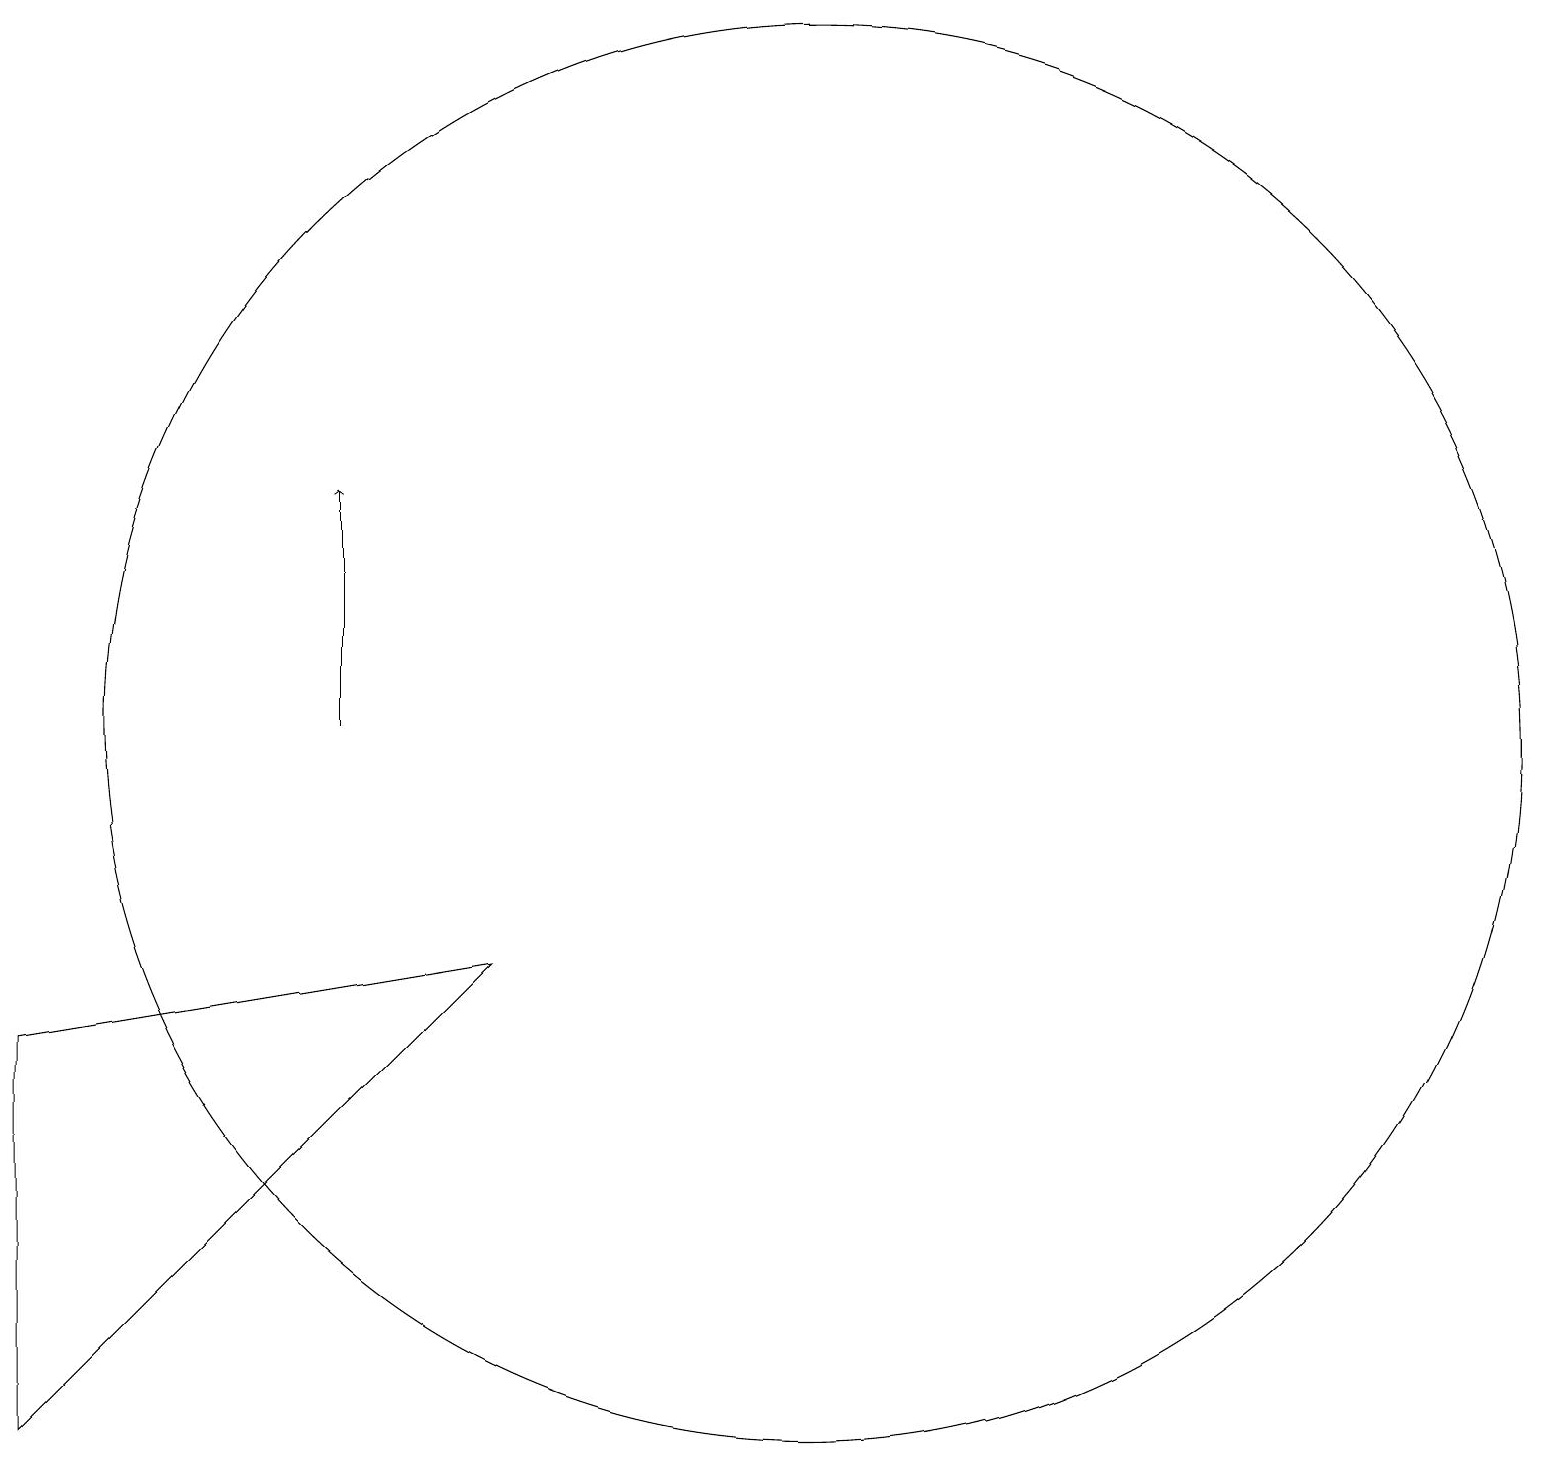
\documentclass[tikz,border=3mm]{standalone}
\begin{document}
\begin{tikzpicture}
\draw (0,2) -- (0,7) -- (6,8) -- cycle;
\draw (10,11) circle (9);
\draw[->] (4,11) -- (4,14);
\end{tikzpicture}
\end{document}